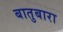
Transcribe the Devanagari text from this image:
बातुबारा